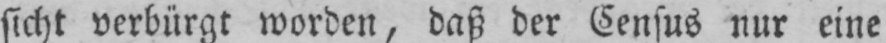
sicht verbürgt worden, daß der Census nur eine